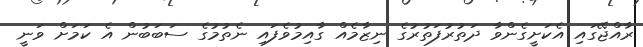
ރާއްޖޭގައި އެކަށީގެންވާ ދަތުރުފަތުރުގެ ނިޒާމެއް ގާއިމުވެފައި ނެތުމުގެ ސަބަބުން އެ ކަމަށް ވަނީ